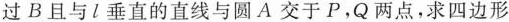
过B且与l垂直的直线与圆A交于P，Q两点，求四边形